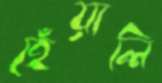
হেঁয়ালি